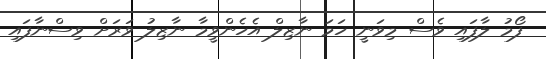
ފޯމު ލާފައި ވެސް މިވަނީ ހަމަ ނާޒިލް އެހެންވީމާ ނާޒިލު ވަރަށް ވިސްނާފައި